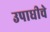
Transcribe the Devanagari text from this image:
उपाधीचे